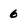
Character: 6